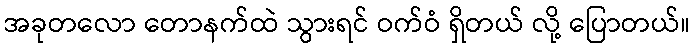
အခုတလော တောနက်ထဲ သွားရင် ဝက်ဝံ ရှိတယ် လို့ ပြောတယ်။